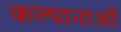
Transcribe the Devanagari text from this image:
कल्पानाओं